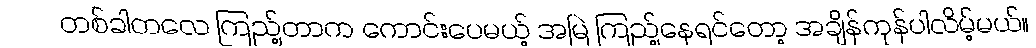
တစ်ခါတလေ ကြည့်တာက ကောင်းပေမယ့် အမြဲ ကြည့်နေရင်တော့ အချိန်ကုန်ပါလိမ့်မယ်။